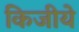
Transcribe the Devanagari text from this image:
किजीये